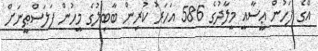
އޭގެ ފަހުން ޢީސާއީ މީލާދުގެ 586 އަހަރު ކުރިން ބާބިލުގެ މީހުން ފަލަސްޠީނަށް